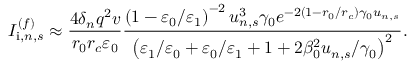
I _ { \mathrm { i } , n , s } ^ { ( f ) } \approx \frac { 4 \delta _ { n } q ^ { 2 } v } { r _ { 0 } r _ { c } \varepsilon _ { 0 } } \frac { \left( 1 - \varepsilon _ { 0 } / \varepsilon _ { 1 } \right) ^ { - 2 } u _ { n , s } ^ { 3 } \gamma _ { 0 } e ^ { - 2 \left( 1 - r _ { 0 } / r _ { c } \right) \gamma _ { 0 } u _ { n , s } } } { \left( \varepsilon _ { 1 } / \varepsilon _ { 0 } + \varepsilon _ { 0 } / \varepsilon _ { 1 } + 1 + 2 \beta _ { 0 } ^ { 2 } u _ { n , s } / \gamma _ { 0 } \right) ^ { 2 } } .